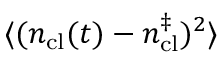
\langle ( n _ { \mathrm { c l } } ( t ) - n _ { \mathrm { c l } } ^ { \ddag } ) ^ { 2 } \rangle